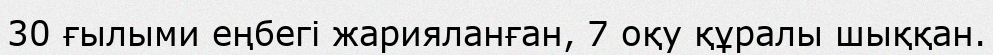
30 ғылыми еңбегі жарияланған, 7 оқу құралы шыққан.